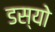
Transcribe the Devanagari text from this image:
डस्यो